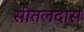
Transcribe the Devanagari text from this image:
सीतलदास